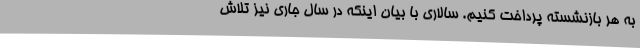
به هر بازنشسته پرداخت کنیم. سالاری با بیان اینکه در سال جاری نیز تلاش